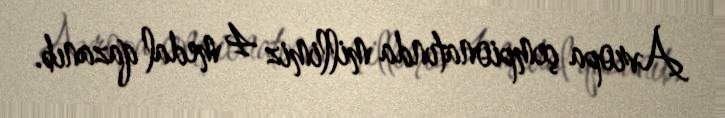
Avropa çempionatında millimiz 4 medal qazanıb.